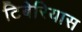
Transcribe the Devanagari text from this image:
टिबेरियास